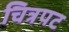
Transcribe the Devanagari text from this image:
चित्रपट